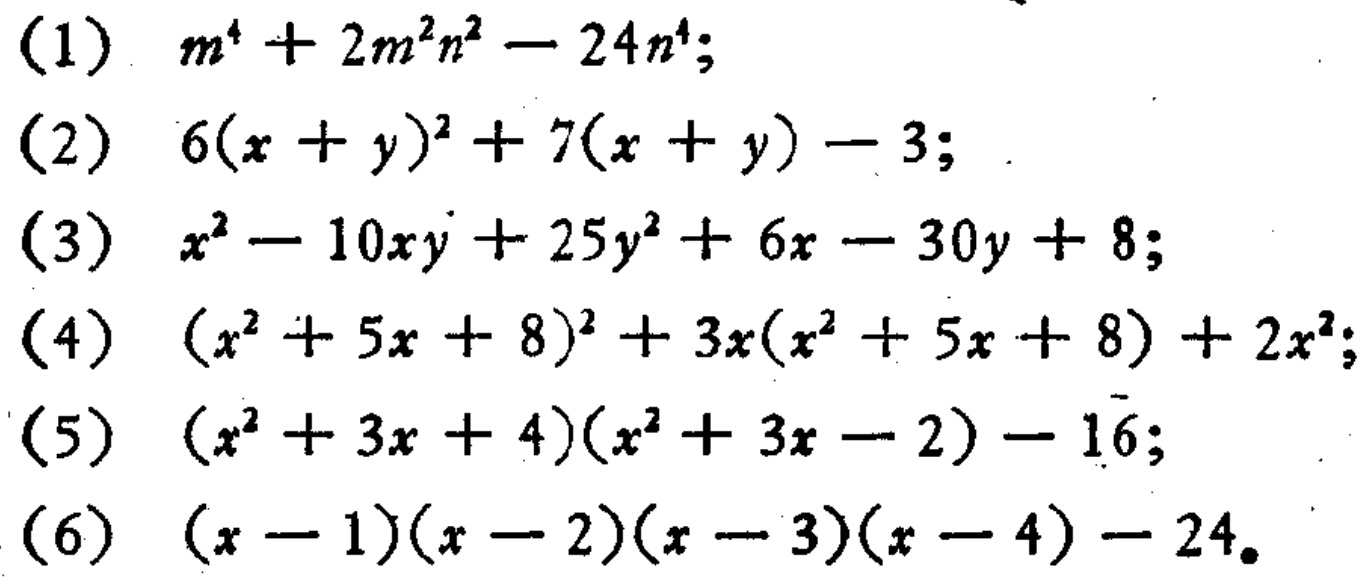
(1) \(m^{4}+2m^{2}n^{2}-24n^{4}\);

(2) \(6(x + y)^{2}+7(x + y)-3\);

(3) \(x^{2}-10xy + 25y^{2}+6x-30y + 8\);

(4) \((x^{2}+5x + 8)^{2}+3x(x^{2}+5x + 8)+2x^{2}\);

(5) \((x^{2}+3x + 4)(x^{2}+3x-2)-16\);

(6) \((x - 1)(x - 2)(x - 3)(x - 4)-24\)